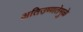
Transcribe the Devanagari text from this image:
अतिउष्णतेमुळे